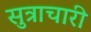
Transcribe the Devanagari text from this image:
सुत्राचारी